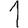
Digit: 1